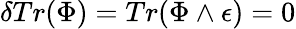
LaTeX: \delta Tr(\Phi)=Tr(\Phi\wedge\epsilon)=0